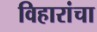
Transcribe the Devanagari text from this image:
विहारांचा